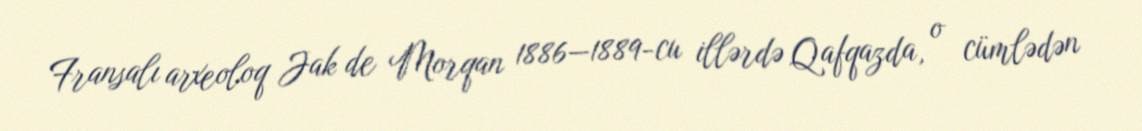
Fransalı arxeoloq Jak de Morqan 1886—1889-cu illərdə Qafqazda, o cümlədən